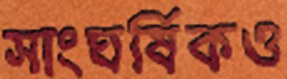
সাংঘর্ষিকও